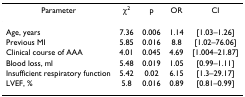
<table><thead><tr><td><b>Parameter</b></td><td><b>χ<sup>2</sup></b></td><td><b>p</b></td><td><b>OR</b></td><td><b>CI</b></td></tr></thead><tbody><tr><td>Age, years</td><td>7.36</td><td>0.006</td><td>1.14</td><td>[1.03–1.26]</td></tr><tr><td>Previous MI</td><td>5.85</td><td>0.016</td><td>8.8</td><td>[1.02–76.06]</td></tr><tr><td>Clinical course of AAA</td><td>4.01</td><td>0.045</td><td>4.69</td><td>[1.004–21.87]</td></tr><tr><td>Blood loss, ml</td><td>5.48</td><td>0.019</td><td>1.05</td><td>[0.99–1.11]</td></tr><tr><td>Insufficient respiratory function</td><td>5.42</td><td>0.02</td><td>6.15</td><td>[1.3–29.17]</td></tr><tr><td>LVEF, %</td><td>5.8</td><td>0.016</td><td>0.89</td><td>[0.81–0.99]</td></tr></tbody></table>